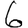
Digit: 6